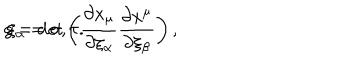
LaTeX: g = \det \left( \frac { \partial x _ { \mu } } { \partial \xi _ { \alpha } } \frac { \partial x ^ { \mu } } { \partial \xi _ { \beta } } \right) , \hspace { 1 0 m m } \xi _ { \alpha } = \sigma , \tau .